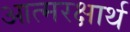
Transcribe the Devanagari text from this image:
आत्मरक्षार्थ